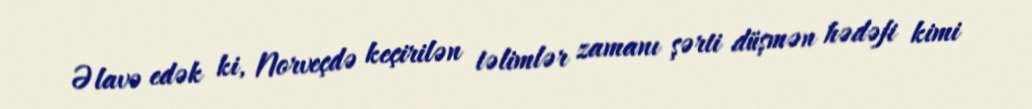
Əlavə edək ki, Norveçdə keçirilən təlimlər zamanı şərti düşmən hədəfi kimi